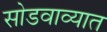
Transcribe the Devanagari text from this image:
सोडवाव्यात